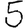
Digit: 5